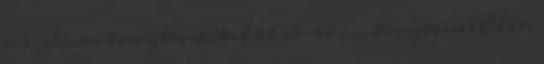
a 3 méteres kereszttartókat kb 50-60 cm kiosztással Előre